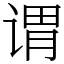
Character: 谓